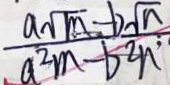
\frac { a \sqrt { m } - b \sqrt { n } } { a ^ { 2 } m - b ^ { 2 } }